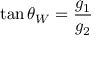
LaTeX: \tan \theta _ { W } = { \frac { g _ { 1 } } { g _ { 2 } } }